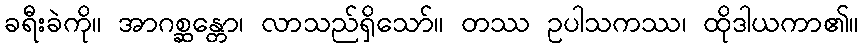
ခရီးခဲကို။ အာဂစ္ဆန္တော၊ လာသည်ရှိသော်။ တဿ ဥပါသကဿ၊ ထိုဒါယကာ၏။